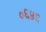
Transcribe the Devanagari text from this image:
०६४६